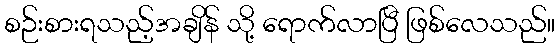
စဉ်းစားရသည့်အချိန် သို့ ရောက်လာပြီ ဖြစ်လေသည်။